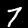
Digit: 7